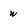
Character: W